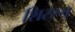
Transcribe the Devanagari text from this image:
शिरस्य